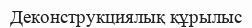
Деконструкциялық құрылыс